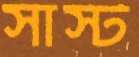
সাস্ট